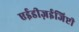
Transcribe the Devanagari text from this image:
एईडीज़ईजिप्टी